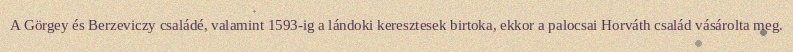
A Görgey és Berzeviczy családé, valamint 1593-ig a lándoki keresztesek birtoka, ekkor a palocsai Horváth család vásárolta meg.